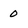
Character: o